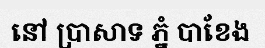
នៅ ប្រាសាទ ភ្នំ បាខែង